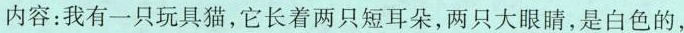
内容：我有一只玩具猫，它长着两只短耳朵，两只大眼睛，是白色的，